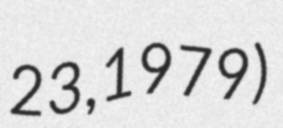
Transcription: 23, 1979)